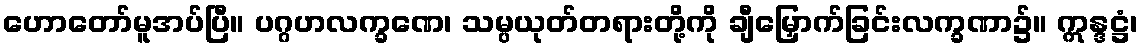
ဟောတော်မူအပ်ပြီ။ ပဂ္ဂဟလက္ခဏေ၊ သမ္ပယုတ်တရားတို့ကို ချီမြှောက်ခြင်းလက္ခဏာ၌။ ဣန္ဒဋ္ဌံ၊